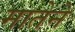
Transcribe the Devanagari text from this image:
मातेने